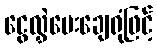
ငွေလွှဲပေးချေရုံဖြင့်